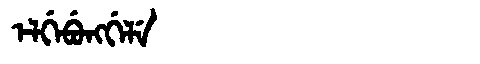
Manchu: ᡝᠯᡤᡝᠪᡠᠩᡤᡝᠯᡝ
Romanization: ELGEBUNGGELE